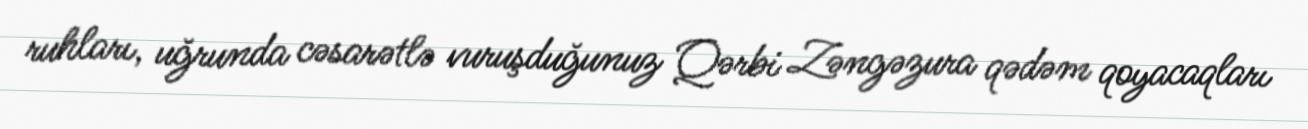
ruhları, uğrunda cəsarətlə vuruşduğunuz Qərbi Zəngəzura qədəm qoyacaqları